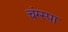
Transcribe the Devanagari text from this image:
चंग्स्पा